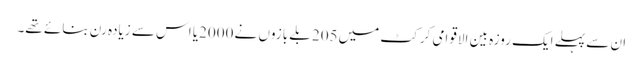
ان سے پہلے ایک روزہ بین الاقوامی کرکٹ میں205 بلے بازوں نے 2000یا اس سے زیادہ رن بنائے تھے۔